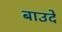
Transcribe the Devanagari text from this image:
बाउदे